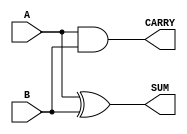
module half_adder (
    input wire A,
    input wire B,
    output wire SUM,
    output wire CARRY
);

assign SUM = A ^ B;
assign CARRY = A & B;

endmodule